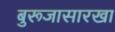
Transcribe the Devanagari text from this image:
बुरूजासारखा